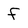
Character: f